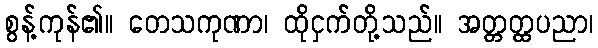
စွန့်ကုန်၏။ တေသကုဏာ၊ ထိုငှက်တို့သည်။ အတ္တတ္ထပညာ၊